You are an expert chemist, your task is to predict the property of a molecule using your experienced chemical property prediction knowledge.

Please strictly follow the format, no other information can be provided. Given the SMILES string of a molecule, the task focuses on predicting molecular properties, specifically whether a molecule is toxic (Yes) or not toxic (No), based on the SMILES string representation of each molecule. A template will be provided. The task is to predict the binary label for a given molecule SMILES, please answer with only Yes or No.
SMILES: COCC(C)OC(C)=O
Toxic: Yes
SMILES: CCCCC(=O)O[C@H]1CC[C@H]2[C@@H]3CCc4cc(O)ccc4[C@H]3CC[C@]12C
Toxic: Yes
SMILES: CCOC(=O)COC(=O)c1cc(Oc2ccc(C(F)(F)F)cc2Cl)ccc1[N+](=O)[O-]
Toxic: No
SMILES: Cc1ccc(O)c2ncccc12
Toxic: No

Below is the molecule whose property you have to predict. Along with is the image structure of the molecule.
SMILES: CCCCCCCCn1cc[n+](C)c1.O=S(=O)([O-])C(F)(F)F
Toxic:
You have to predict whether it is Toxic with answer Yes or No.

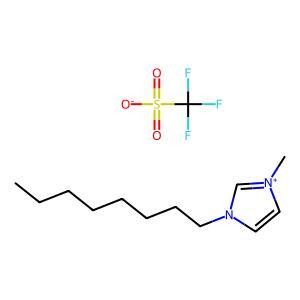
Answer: No